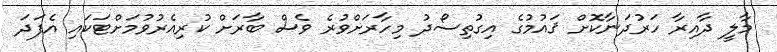
މާލީ ދާއިރާ ހަރުދަނާކޮށް ޤައުމުގެ އިގުތިސޯދު މިހާރަށްވުރެ ވެސް ބާރަށް ކުރިއެރުވުމަށްޓަކައި އެފަދަ